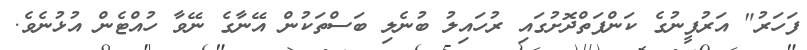
ފަހަރު" އަރުފީނުގެ ކަންފަތްދޮށުގައި ރުހައިލު ބުނެލި ބަސްތަކުން އޭނާގެ ނޭވާ ހުއްޓެން އުޅުނެވެ.